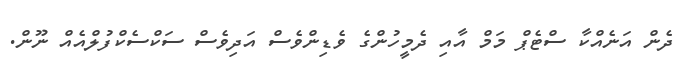
ދެން އަނެއްކާ ސްޓެޕް މަމް އާއި ދެމީހުންގެ ވެޑިންވެސް އަދިވެސް ސަކްސެކްފުލްއެއް ނޫން.